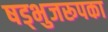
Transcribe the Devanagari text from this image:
षड्भुजरूपका